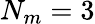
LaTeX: N_{m}=3